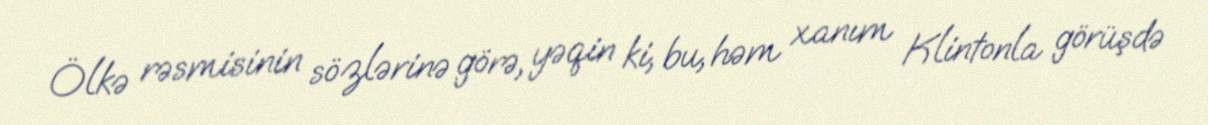
Ölkə rəsmisinin sözlərinə görə, yəqin ki, bu, həm xanım Klintonla görüşdə